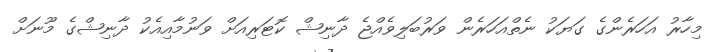
މިހާރު އަހަރެންގެެ ގަޔަކު ނެތްއަހަރެން ވަރުބަލިވެއްޖެ ދާނިޝް ކޮޓަރިއަށް ވަނުމާއިއެކު ދާނިޝްގެ މޫނަށް